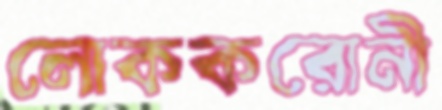
লোককরোনী